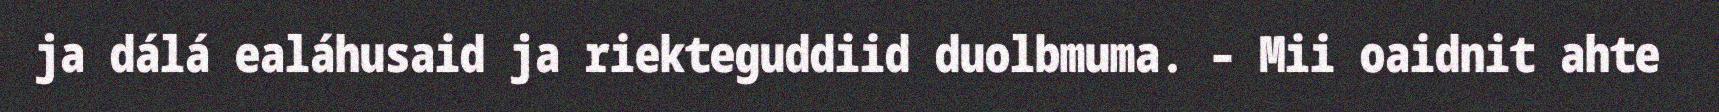
ja dálá ealáhusaid ja riekteguddiid duolbmuma. – Mii oaidnit ahte